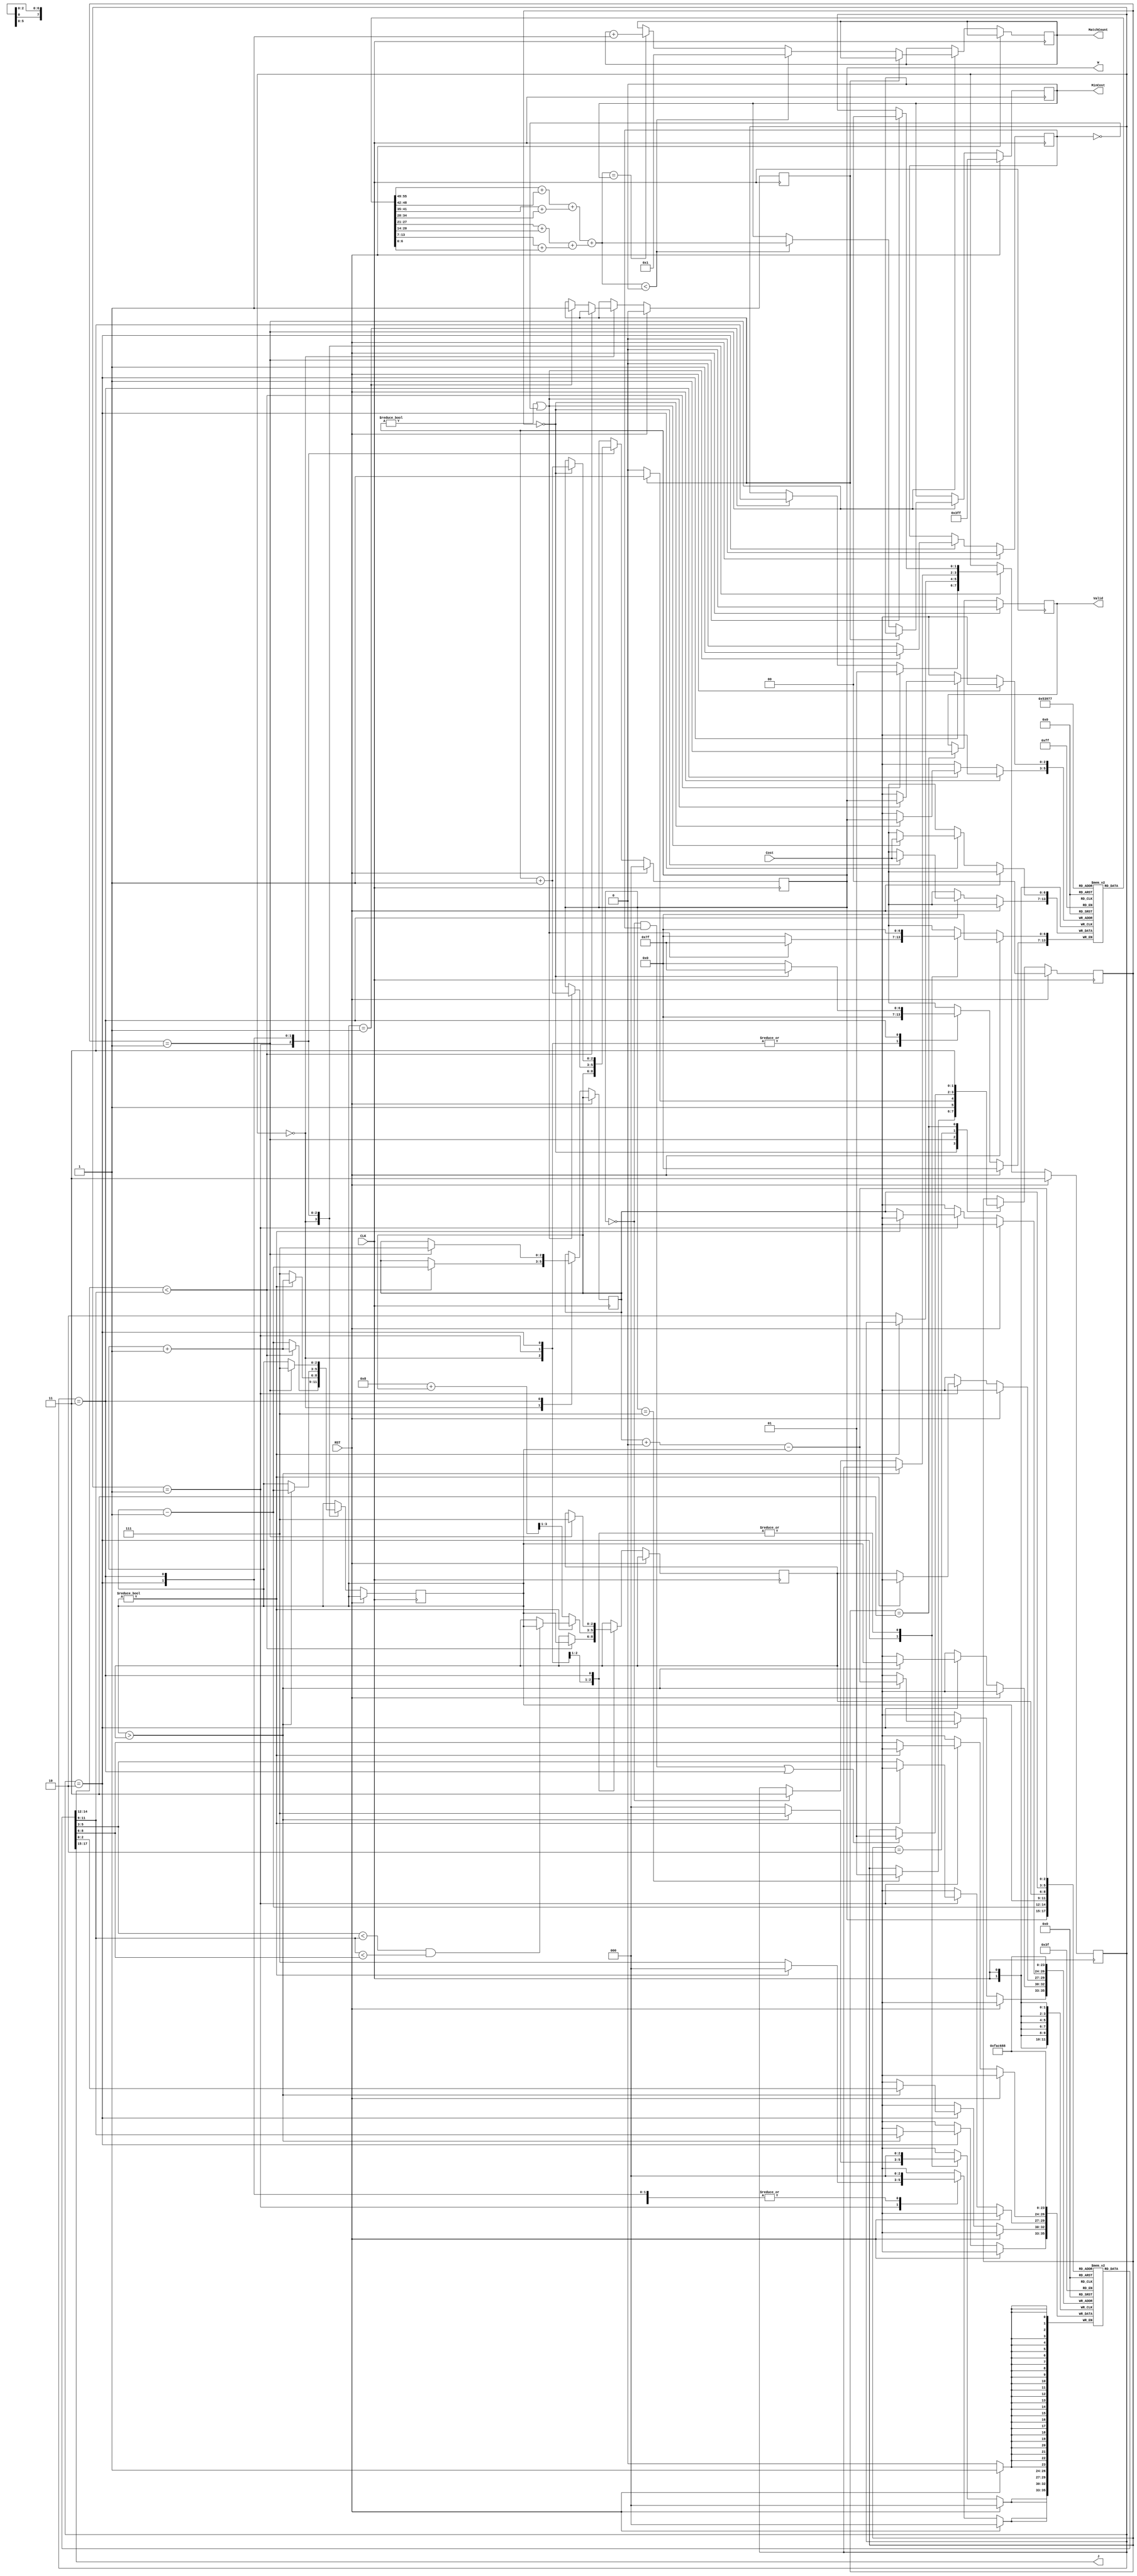
//EEGuizhi  (Behavior & Syn sim Correct) (ver3ver4) (Cycles: 320000; Cell area: 10176; Total area: 109763)
module JAM (
    input CLK,
    input RST,
    output [2:0] W,
    output [2:0] J,
    input [6:0] Cost,
    output reg [3:0] MatchCount,
    output reg [9:0] MinCost,
    output reg Valid );

    parameter INIT = 0;
    parameter CALC = 1;
    parameter SWAP = 2;
    parameter OUTPUT = 3;
    reg [1:0] state;

    parameter FIND_SWAP_POINT = 0;
    parameter FIND_SWAP_VALUE = 1;
    parameter SWITCHING = 2;
    parameter FINISH = 3;
    reg [1:0] swap_state;

    reg [6:0] cost_data [0:7];  // WorkersJobs
    reg [2:0] swap_ptr;  //  pointer
    reg [2:0] ptr_saver;  // 
    reg [2:0] ptr;
    reg [2:0] job [0:7];  // nWorkerJob = job[n]
    reg Done;

    reg [2:0] sum_ptr;
    reg sum_flag;
    wire [9:0] TotalCost;

    // Calculate the sum
    assign TotalCost    = ((cost_data[0] + cost_data[1])
                        + (cost_data[2] + cost_data[3]))
                        + ((cost_data[4] + cost_data[5])
                        + (cost_data[6] + cost_data[7]));

    assign W = sum_ptr;
    assign J = job[sum_ptr];


    // Jobs assignment (by)
    always @(posedge CLK) begin
        if(RST) begin
            swap_state <= FINISH;
            Done <= 0;
            
            job[0] <= 0;  // initial jobs
            job[1] <= 1;
            job[2] <= 2;
            job[3] <= 3;
            job[4] <= 4;
            job[5] <= 5;
            job[6] <= 6;
            job[7] <= 7;
        end
        else begin
            case (swap_state)
                FIND_SWAP_POINT: begin
                    if(job[ptr-1] < job[ptr]) begin
                        swap_ptr <= ptr - 1;
                        ptr_saver <= ptr;
                        ptr <= ptr + 1;
                        swap_state <= FIND_SWAP_VALUE;
                    end
                    else begin
                        ptr <= ptr - 1;
                        if(ptr == 1) begin
                            Done <= 1;
                            swap_state <= FINISH;
                        end
                    end
                end
                FIND_SWAP_VALUE: begin
                    if(ptr != 0) begin
                        if(job[swap_ptr] < job[ptr] && job[ptr] < job[ptr_saver]) begin
                            ptr_saver <= ptr;
                        end
                        ptr <= ptr + 1;
                    end
                    else begin
                        job[swap_ptr] <= job[ptr_saver];  // swap
                        job[ptr_saver] <= job[swap_ptr];
                        swap_state <= SWITCHING;
                        ptr <= 7;
                        ptr_saver <= (8 + swap_ptr) >> 1;  // (swap_ptr + 8) / 2
                    end
                end
                SWITCHING: begin
                    if(ptr > ptr_saver) begin
                        job[ptr] <= job[swap_ptr + 8 - ptr];  // swap
                        job[swap_ptr + 8 - ptr] <= job[ptr];
                        ptr <= ptr - 1;
                    end
                    else if(sum_ptr == 0) begin
                        swap_state <= FINISH;
                    end
                end
                FINISH: begin
                    if(state == CALC) begin
                        swap_state <= FIND_SWAP_POINT;
                        swap_ptr <= 7;
                        ptr_saver <= 7;
                        ptr <= 7;
                    end
                end
            endcase
        end
    end


    // Summing ()
    always @(posedge CLK) begin
        if(RST) begin
            sum_ptr <= 0;
            sum_flag <= 0;
        end
        else begin
            case (swap_state)
                FIND_SWAP_POINT: begin
                end
                FIND_SWAP_VALUE: begin
                    sum_ptr <= swap_ptr;
                end
                SWITCHING: begin
                    if(sum_ptr != 0 || sum_flag == 0) begin
                        cost_data[sum_ptr] <= Cost;
                        sum_flag <= 1;
                        sum_ptr <= sum_ptr + 1;
                    end
                    else begin
                        sum_flag <= 0;
                    end
                end
                FINISH: begin
                    if(state == INIT) begin
                        cost_data[sum_ptr] <= Cost;
                        sum_ptr <= sum_ptr + 1;
                    end
                end
            endcase
        end
    end


    // Calc & Output
    always @(posedge CLK) begin
        if(RST) begin  // reset
            Valid <= 0;
            MinCost <= 1023;
            state <= INIT;
        end
        else begin
            case (state)
                INIT: begin  // read initial costs
                    if(W == 7) begin
                        state <= CALC;  // next state
                    end
                end
                CALC: begin  // MinCost, MatchCount
                    if(Done) begin
                        state <= OUTPUT;  // next state
                    end
                    else begin
                        if(TotalCost < MinCost) begin  // smaller
                            MinCost <= TotalCost;
                            MatchCount <= 1;
                        end
                        else if(TotalCost == MinCost) begin  // equal
                            MatchCount <= MatchCount + 1;
                        end
                        state <= SWAP;  // switch jobs
                    end
                end
                SWAP: begin  // Jobs assignment
                    if(sum_ptr == 0 && sum_flag == 1 || swap_state == FINISH) begin
                        state <= CALC;
                    end
                end
                OUTPUT: begin
                    Valid <= 1;
                    state <= OUTPUT;
                end
            endcase
        end
    end


endmodule